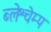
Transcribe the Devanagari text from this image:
ब्लेश्चेम्प